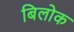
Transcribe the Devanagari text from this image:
बिलोक